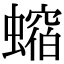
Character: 𧑲